Vaccination North-Western Provinces 1866-1877 - 1866-1877
Year: 1866
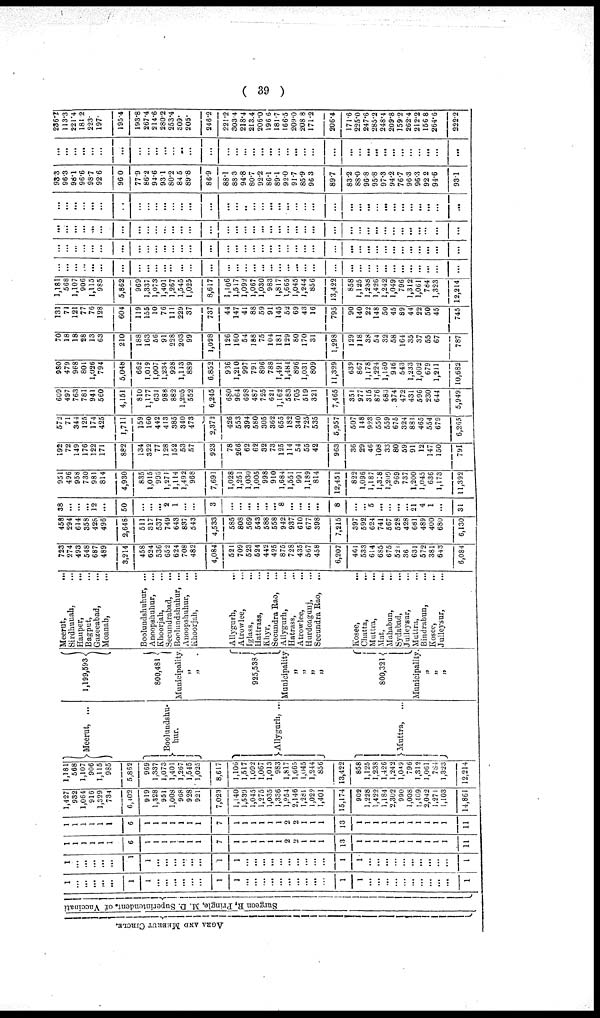
( 39 )
AGRA AND MEERUT CIRCLE.
Surgeon R. Pringle, M. D. Superintendent of Vaccinati
1
... ...
...
...
...
1
1
...
...
...
...
...
...
1
1
...
...
...
...
...
...
...
...
...
...
1
1
...
...
...
...
...
...
...
...
...
...
1
1
...
...
...
...
...
1
1
...
...
...
...
...
...
1
1
...
...
...
...
...
...
...
...
...
...
1
1
...
...
...
...
...
...
...
...
...
...
1
1
1
1
1
1
1
6
1
1
1
1
1
1
1
7
1
1
1
1
1
1
2
2
1
1
1
13
1
1
1
1
1
1
1
1
1
1
1
11
1
1
1
1
1
1
6
1
1
1
1
1
1
1
7
1
1
1
1
1
1
2
2
1
1
1
13
1
1
1
1
1
1
1
1
1
1
1
11
1,427
932
1 064
916
1,329
734
6,402
919
1,328
951
1,008
968
928
921
7,023
1,140
1,530
1,045
1,275
1,035
1,336
1,954
2,146
1,281
1,022
1,401
15,174
902
1,228
1,422
1,184
2,302
990
1,008
1,109
2,042
1,271
1,103
14,861
1,181
568
1 107
906
1,115
985
5,862
969
1,337
1,073
1,401
1,267
1,545
1,025
8,617
1,106
1,517
1,092
1,067
1,013
983
1,817
l,665
1,045
1,244
856
13,422
858
1,125
1,238
1,426
1,242
1,049
796
1,312
1,061
784
1,323
12,214
Meerut, ...
Booluudshu¬
hur.
Allygurh, ...
Muttra, ...
1,199,593
800,481
Municipality.
„
„
925,538
Municipality
„
„
„
„
800,321
Municipality.
„
„
„
Meerut,
...
Sirdhunah, ...
Hauper,
...
Bagput, ...
Gazeeabad, ...
Moanah, ...
Booluudshuhur, ...
Anoopshuhur, ...
Khoorjah, ...
Secundrabad, ...
Boolundshuhur, ...
Anoopshuhur, ...
Khoorjah, ...
Allygurh, ...
Atrowlee, ...
Iglass, ...
Hattrass, ...
Khyr, ...
Secundra Rao, ...
Allygurh, ...
Hatrass, ...
Atrowlee, ...
Hurdoagunj, ...
Secundra Rao, ...
Kosee,
...
Chatta, ...
Muttra, ...
Mat, ...
Mahabun, ...
Sydabad, ...
Julleysur, ...
Muttra, ...
Bindrabun, ...
Kosee, ...
Julleysur, ...
723
274
493
548
687
489
3,214
458
624
536
652
624
708
482
4,084
521
709
523
524
442
425
875
728
435
567
458
6,207
461
533
614
685
675
521
36
631
572
381
643
6,084
458
294
614
358
428
496
2,648
511
317
537
749
643
837
543
4,533
585
808
569
543
588
558
942
937
610
677
398
7,215
397
592
624
741
567
528
428
681
489
400
680
6,130
38
...
...
...
12
...
50
...
...
... 2
1
...
...
3
...
...
...
...
...
... 8
...
...
...
...
8
...
...
5
...
...
...
...
21
4
1
...
31
951
496
958
730
981
814
4,930
835
1,015
996
1,271
1,114
1,492
968
7,691
1,028
1,251
1,030
1,005
998
910
1,684
1,551
991
1,189
814
12,451
822
1,096
1,187
1,378
1,209
969
737
1,200
1,045
636
1,173
11,392
192
72
149
176
122
171
882
134
322
77
128
152
53
57
923
78
266
62
62
32
73
125
114
54
55
42
963
36
29
46
108
33
80
59
91
12
147
150
791
572
71
344
125
174
425
1,711
159
160
442
413
385
340
473
2,372
426
553
394
580
305
362
655
182
340
725
535
5,957
507
148
923
550
559
675
324
881
465
554
679
6,265
609
497
763
781
941
560
4,151
810
1,177
631
988
882
1,205
552
6,245
680
964
698
487
725
621
1,162
583
705
519
321
7,465
351
977
315
876
683
374
472
431
596
230
644
5,949
980
479
968
801
1,026
794
5,048
662
1,019
1,007
1,234
928
1,113
889
6,852
936
1,210
997
791
896
788
1,491
1,484
896
1,031
809
11,329
639
867
1,178
1,224
1,160
946
543
1,233
1,002
679
1,211
10,682
70
18
18
28
13
63
210
188
163
56
91
228
203
99
1,028
126
160
54
188
75
104
181
129
80
170
31
1,298
129
118
38
54
32
58
164
35
37
55
67
787
131
71
121
77
76
128
604
119
155
10
76
111
229
37
737
44
147
41
88
59
91
145
52
69
43
16
795
90
140
22
148
50
45
89
44
22
50
45
745
1,181
568
1,107
906
1,115
985
5,862
969
1,337
1,073
1,401
1,267
1,545
1,025
8,617
1,106
1,517
1,092
1,067
1,030
983
1,817
1,665
1,045
1,244
856
13,422
858
1,125
1,238
1,426
1,242
1,049
796
1,312
1,061
784
1,323
12,214
...
...
...
...
...
...
...
...
...
...
...
...
...
...
...
...
...
...
...
...
...
...
...
...
...
...
...
...
...
...
...
...
...
...
...
...
...
...
...
...
...
...
...
...
...
...
...
...
...
...
...
...
...
...
...
...
...
...
...
...
...
...
...
...
...
...
...
...
...
...
...
...
...
...
...
...
...
...
...
...
...
...
...
...
...
...
...
...
...
...
...
...
...
...
...
...
...
...
...
...
...
...
...
...
...
...
...
...
...
...
...
...
...
...
...
...
...
...
...
...
...
...
...
...
...
...
...
...
...
...
...
..
...
...
...
...
...
...
...
...
...
...
...
...
...
...
...
...
...
...
...
...
93.3
96.3
98.1
96.6
98.7
92.6
96.0
77.9
86.2
94.6
93.1
80.2
84.5
89.8
86.9
88.1
88.3
94.8
80.7
92.2
86.1
89.1
92.0
91.7
85.9
96.3
89.7
83.2
88.0
96.8
95.8
97.3
94.2
76.7
96.3
96.3
92.2
94.6
93.1
...
...
...
...
...
...
...
...
...
...
...
...
...
...
...
...
...
...
...
...
...
...
...
...
...
...
...
...
...
...
...
...
...
...
...
236.2
113.3
221.4
181.2
223.
197.
195.4
193.8
267.4
214.6
280.2
253.4
309.
205.
246.2
221.2
303.4
218.4
213.4
206.0
196.6
181.7
166.5
209.0
208.8
171.2
206.4
171.6
225.0
247.6
285.2
248.4
209.8
159.2
262.4
212.2
156.8
264.6
222.2